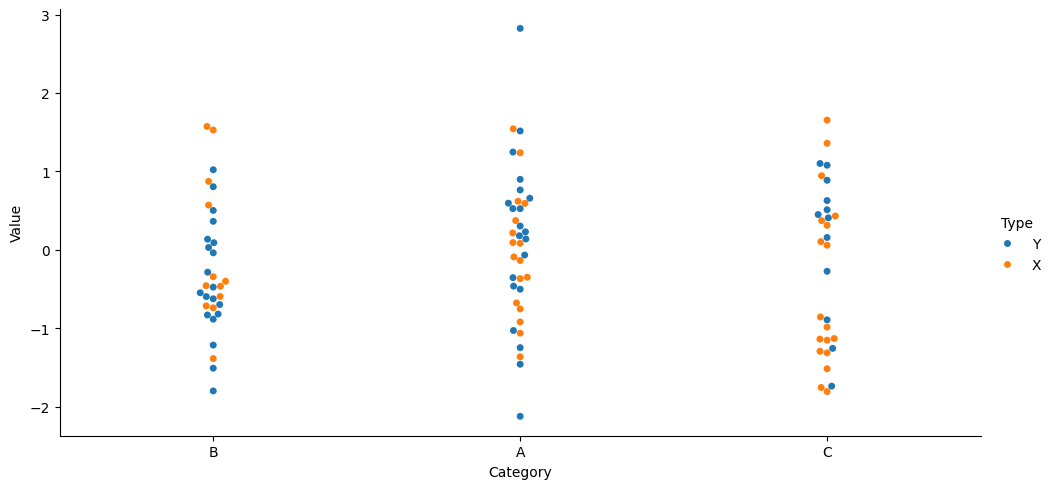
python, seaborn, catplot, kind='swarm', height=5, aspect=2